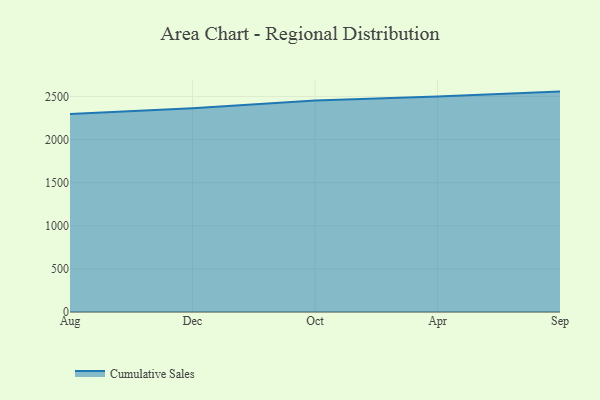
{"axis": {"x": "Month", "y": "Inventory Turnover"}, "legend": ["Cumulative Sales"], "data": [{"x": "Aug", "y": 2296.9, "type": "Cumulative Sales"}, {"x": "Dec", "y": 2362.5, "type": "Cumulative Sales"}, {"x": "Oct", "y": 2453.9, "type": "Cumulative Sales"}, {"x": "Apr", "y": 2500.1, "type": "Cumulative Sales"}, {"x": "Sep", "y": 2556.2, "type": "Cumulative Sales"}]}